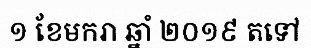
១ ខែមករា ឆ្នាំ ២០១៩ តទៅ